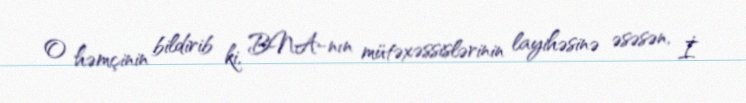
O həmçinin bildirib ki, BNA-nın mütəxəssislərinin layihəsinə əsəsən, İ.